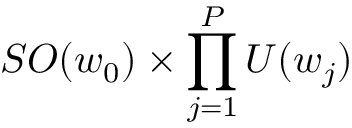
S O ( w _ { 0 } ) \times \prod _ { j = 1 } ^ { P } U ( w _ { j } )